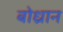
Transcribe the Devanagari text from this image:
बोध्रान